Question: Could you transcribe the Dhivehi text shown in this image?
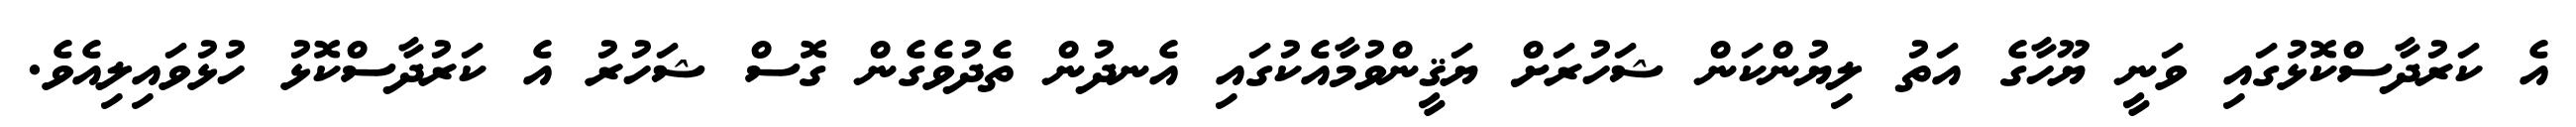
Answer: އެ ކަރުދާސްކޮޅުގައި ވަނީ ޔޫހާގެ އަތު ލިޔުންކަން ޝަހުރަށް ޔަޤީންވުމާއެކުގައި އެނދުން ތެދުވެގެން ގޮސް ޝަހުރު އެ ކަރުދާސްކޮޅު ހުޅުވައިލިއެވެ.